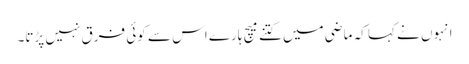
انہوں نے کہا کہ ماضی میں کتنے میچ ہارے اس سے کوئی فرق نہیں پڑتا۔